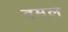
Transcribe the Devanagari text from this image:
वमल